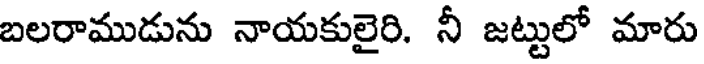
బలరాముడును నాయకులైరి. నీ జట్టులో మారు